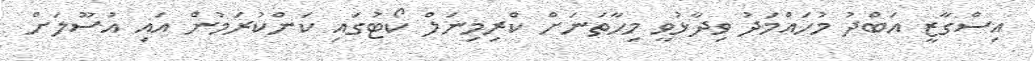
އިސްގާޒީ އަބްދު މުހައްމަދު ވިދާޅުވީ މިހާތަނަށް ކްރިމިނަލް ކޯޓުގައި ކަންކުރަމުން އައި އުސޫލަށް